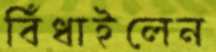
বিঁধাইলেন